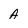
Character: A